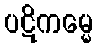
ပဋိကမ္မေ